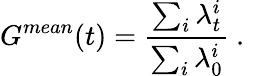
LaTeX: G^{mean}(t)=\frac{\sum_{i}\lambda_{t}^{i}}{\sum_{i}\lambda_{0}^{i}}\mathrm{~.~}